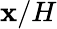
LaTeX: \mathbf{x}/H